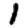
Digit: 1